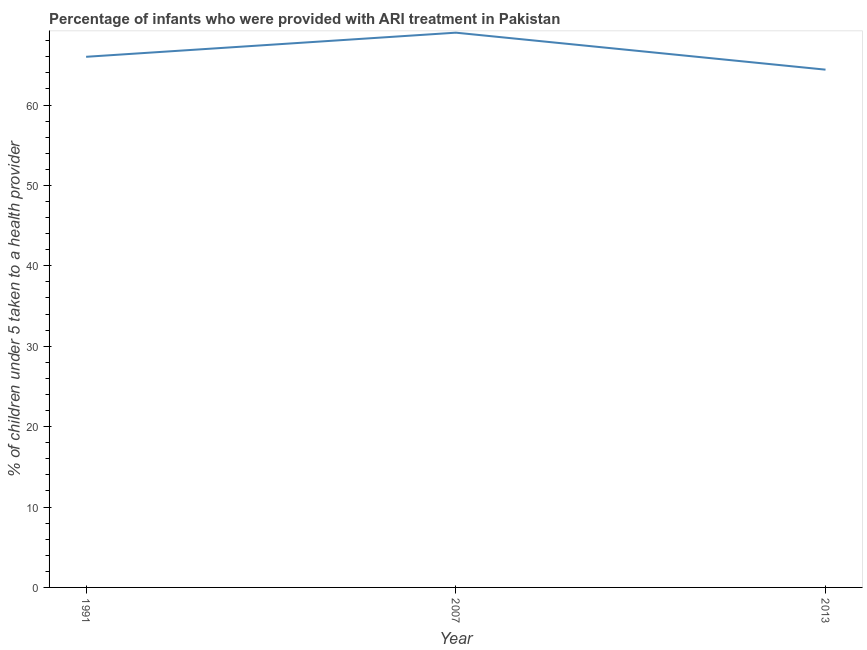
| Year | ARI treatment |
 | --- | --- |
 | 1991 | 66 |
 | 2007 | 69 |
 | 2013 | 64.4 |